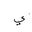
Letter: _ya